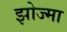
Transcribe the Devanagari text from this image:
झोज्मा